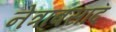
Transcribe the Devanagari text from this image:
नेत्रावसाद